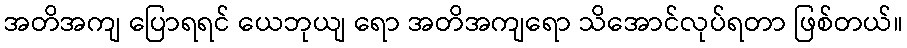
အတိအကျ ပြောရရင် ယေဘုယျ ရော အတိအကျရော သိအောင်လုပ်ရတာ ဖြစ်တယ်။